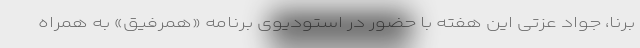
برنا، جواد عزتی این هفته با حضور در استودیوی برنامه «همرفیق» به همراه